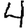
Digit: 4